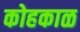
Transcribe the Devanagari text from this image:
कोहकाळ